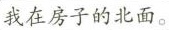
我在房子的北面。